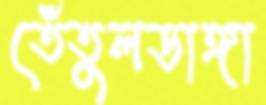
তেঁতুলডাঙ্গা